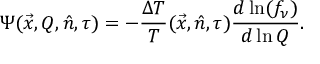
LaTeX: \Psi ( \vec { x } , Q , \hat { n } , \tau ) = - \frac { \Delta T } { T } ( \vec { x } , \hat { n } , \tau ) \frac { d \ln ( f _ { \nu } ) } { d \ln Q } .